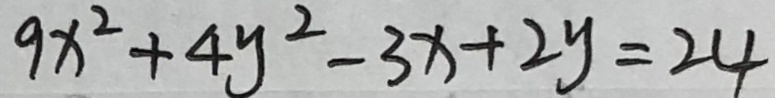
9 x ^ { 2 } + 4 y ^ { 2 } - 3 x + 2 y = 2 4